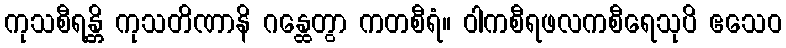
ကုသစီရန္တိ ကုသတိဏာနိ ဂန္ထေတွာ ကတစီရံ။ ဝါကစီရဖလကစီရေသုပိ ဧသေဝ